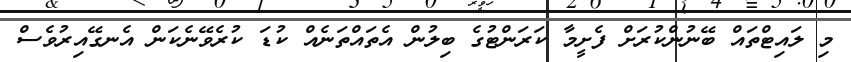
މި ލައިޓްތައް ބޭނުންކުރަށް ފެށީމާ ކަރަންޓުގެ ބިލުން އެތައްތަނެއް ކުޑަ ކުރެވޭނެކަން އެނގޭއިރުވެސް